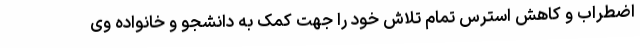
اضطراب و کاهش استرس تمام تلاش خود را جهت کمک به دانشجو و خانواده وی